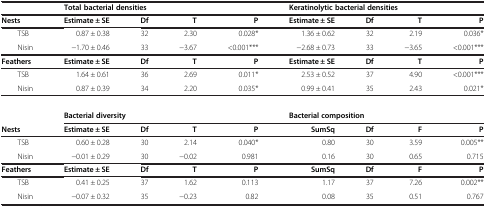
|  | <COLSPAN=4> Total bacterial densities | <COLSPAN=4> Keratinolytic bacterial densities |
 | --- | --- | --- | --- | --- | --- | --- | --- | --- |
 | Nests | Estimate ± SE | Df | T | P | Estimate ± SE | Df | T | P |
 | TSB | 0.87 ± 0.38 | 32 | 2.30 | 0.028* | 1.36 ± 0.62 | 32 | 2.19 | 0.036* |
 | Nisin | −1.70 ± 0.46 | 33 | −3.67 | <0.001*** | −2.68 ± 0.73 | 33 | −3.65 | <0.001*** |
 | Feathers | Estimate ± SE | Df | T | P | Estimate ± SE | Df | T | P |
 | TSB | 1.64 ± 0.61 | 36 | 2.69 | 0.011* | 2.53 ± 0.52 | 37 | 4.90 | <0.001*** |
 | Nisin | 0.87 ± 0.39 | 34 | 2.20 | 0.035* | 0.99 ± 0.41 | 35 | 2.43 | 0.021* |
 |  |  |  |  |  |  |  |  |  |
 |  | <COLSPAN=4> Bacterial diversity | <COLSPAN=4> Bacterial composition |
 | Nests | Estimate ± SE | Df | T | P | SumSq | Df | F | P |
 | TSB | 0.60 ± 0.28 | 30 | 2.14 | 0.040* | 0.80 | 30 | 3.59 | 0.005** |
 | Nisin | −0.01 ± 0.29 | 30 | −0.02 | 0.981 | 0.16 | 30 | 0.65 | 0.715 |
 | Feathers | Estimate ± SE | Df | T | P | SumSq | Df | F | P |
 | TSB | 0.41 ± 0.25 | 37 | 1.62 | 0.113 | 1.17 | 37 | 7.26 | 0.002** |
 | Nisin | −0.07 ± 0.32 | 35 | −0.23 | 0.82 | 0.08 | 35 | 0.51 | 0.767 |